Leningradi_Edasi_toimetus, lk 30
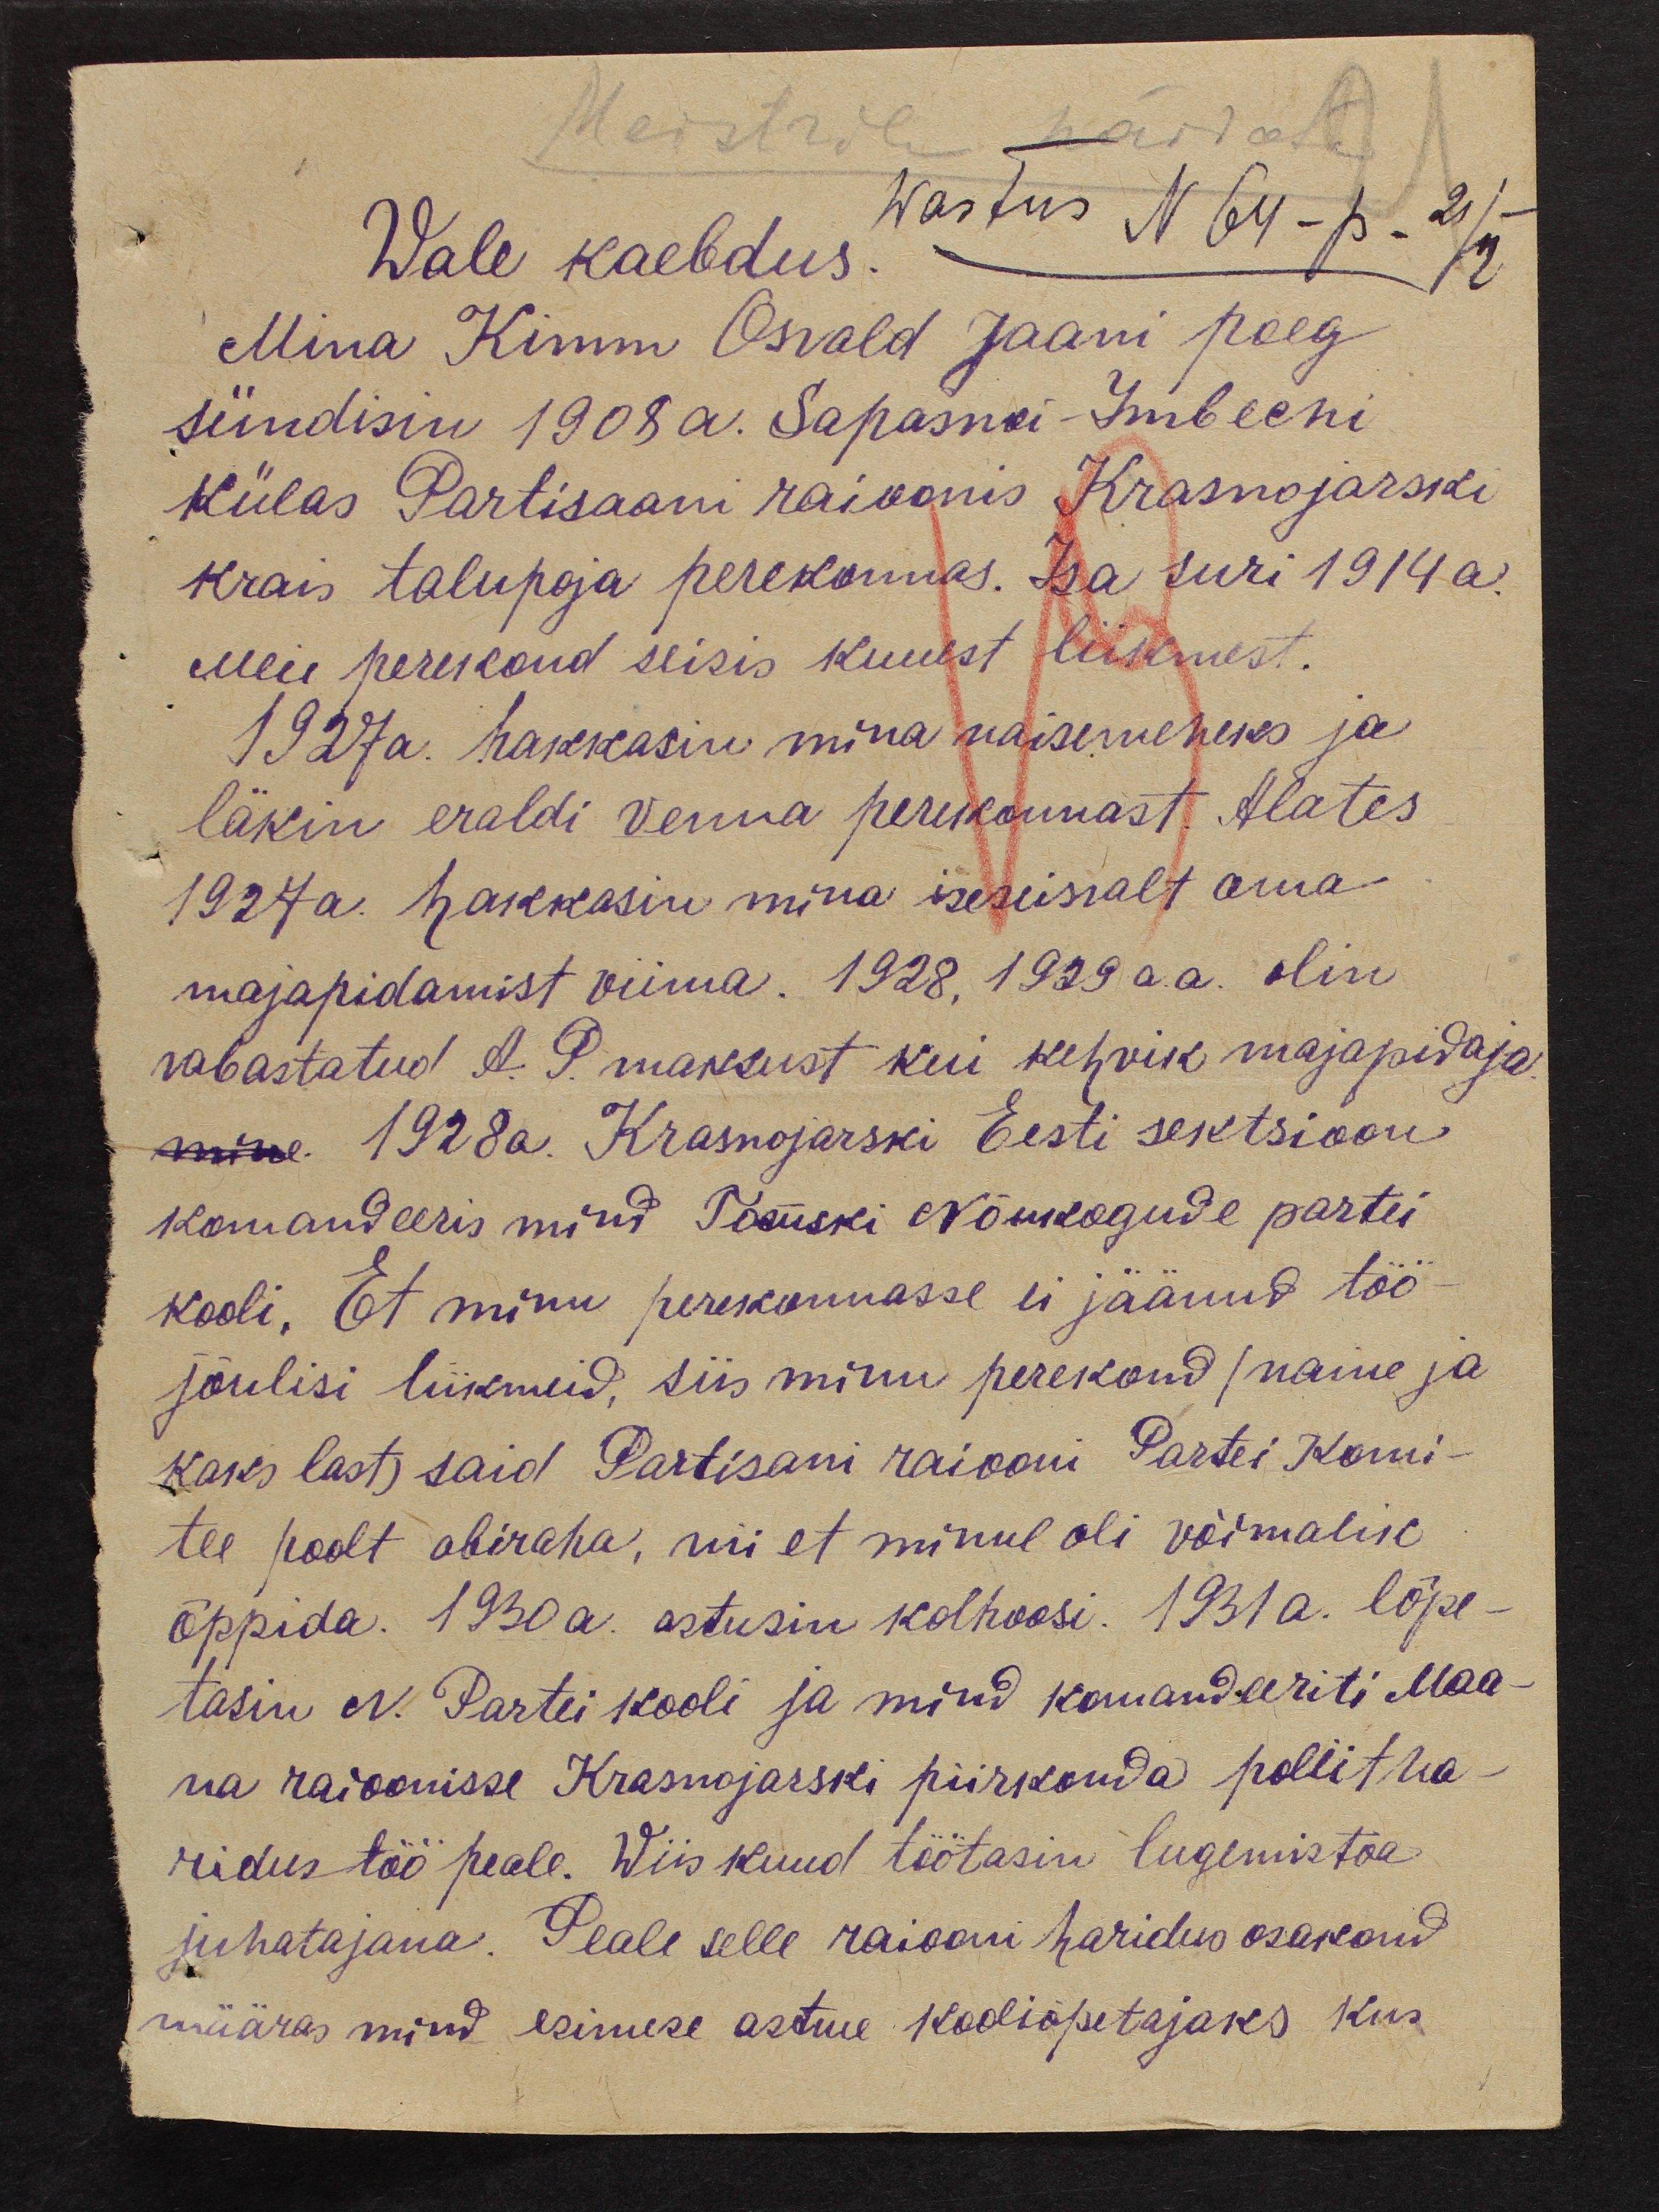
Meistrile näidata
Wale kaebdus wastus N 64-p. 21/ü.
Mina Kimm Oswald Jaani poeg
sündisin 1908 a. Sapasoi-Imbleni
külas Partisaani raioonis Krasnojarski
krais talupoja perekonnas. Isa suri 1914 a.
Meie perekond seisis kuuest liikmest.
1927 a. hakkasin mina naisemeheks ja
läksin eraldi venna perekonnast. Alates
1927 a. hakkasin mina iseseiswalt oma
majapidamist viima. 1928, 1929 a. a. olin
vabastatud A. P. maksust kui kehvik majapidaja
mine 1928a. Krasnojarski Eesti sektsioon
komandeeris mind Posuski Nõukogude partei
kooli. Et minu perekonnasse ei jäänud töö-
jõulisi liikmeid, siis minu perekond (naine ja
kaks last) said Partisani raiooni Partei Komi-
tee poolt abiraha, nii et minul oli võimalik
õppida. 1930 a. astusin kolhoosi. 1931 a. lõpe-
tasin N. Partei kooli ja mind komandeeriti Maa-
na raioonisse Krasnojarski piirkonda pollitha-
ridustöö peale. Wiis kuud töötasin lugemistoa
juhatajana. Peale selle raiooni haridus osakond
määras mind esimese astme kooliõpetajaks kus